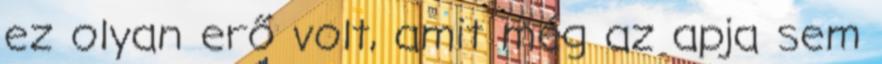
ez olyan erő volt, amit még az apja sem